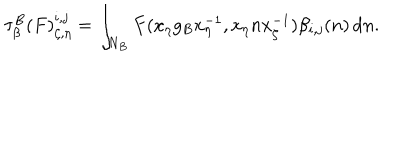
\tau _ { \beta } ^ { B } ( F ) _ { \zeta , \eta } ^ { i , j } = \int _ { N _ { B } } F ( x _ { \eta } g _ { B } x _ { \eta } ^ { - 1 } , x _ { \eta } n x _ { \zeta } ^ { - 1 } ) \beta _ { i , j } ( n ) \, \mathrm { d } n .